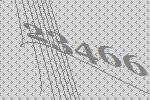
23466